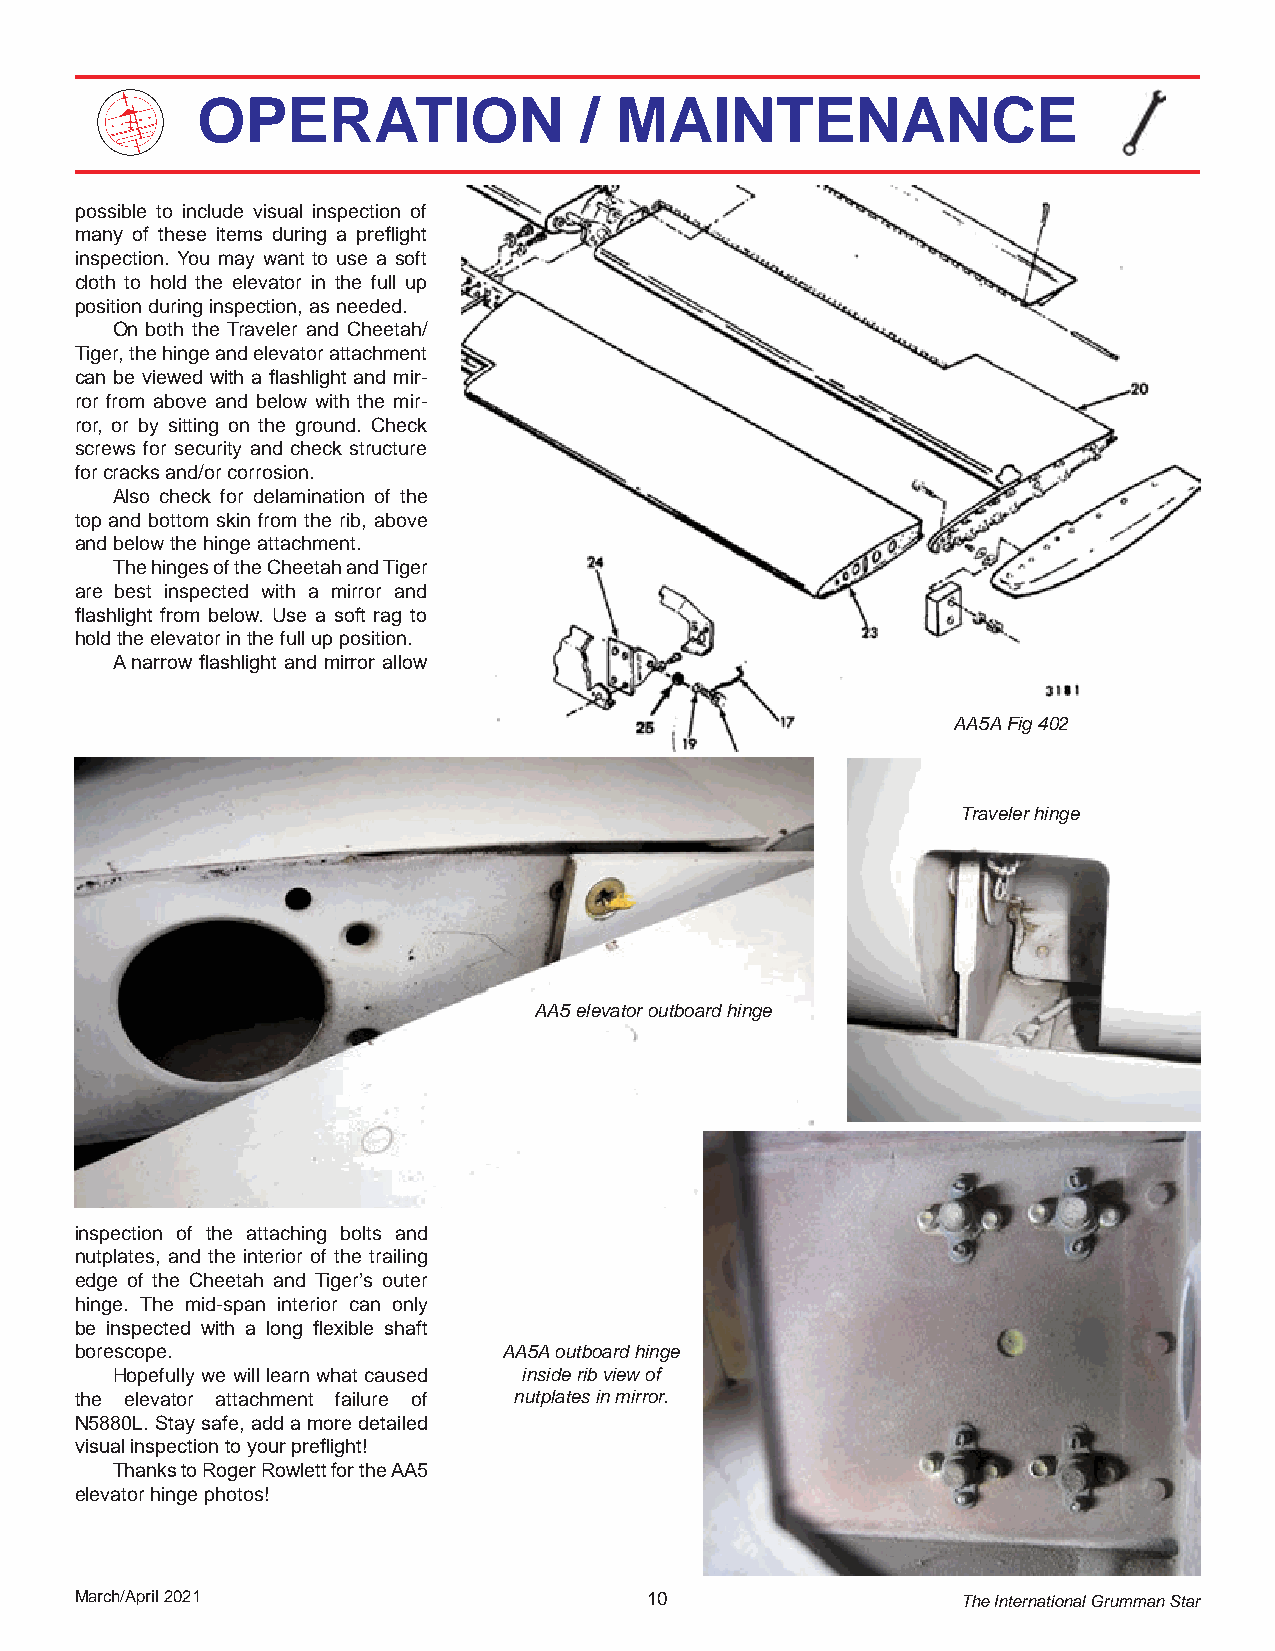
OPERATION                /  MAINTENANCE
 possible to include visual inspection of
 many of these items during a preflight
 inspection. You may want to use a soft
 cloth to hold the elevator in the full up
 position during inspection, as needed.
 On both the Traveler and Cheetah/
 Tiger, the hinge and elevator attachment
 can be viewed with a flashlight and mir-
 ror from above and below with the mir-
 ror, or by sitting on the ground. Check
 screws for security and check structure
 for cracks and/or corrosion.
 Also check for delamination of the
 top and bottom skin from the rib, above
 and below the hinge attachment.
 The hinges of the Cheetah and Tiger
 are best inspected with a mirror and
 flashlight from below. Use a soft rag to
 hold the elevator in the full up position.
 A narrow flashlight and mirror allow
 AA5A Fig 402
 Traveler hinge
 AA5 elevator outboard hinge
 inspection of the attaching bolts and
 nutplates, and the interior of the trailing
 edge of the Cheetah and Tiger’s outer
 hinge. The mid-span interior can only
 be inspected with a long flexible shaft
 borescope.                  AA5A outboard hinge
 Hopefully we will learn what caused inside rib view of
 the elevator attachment failure of nutplates in mirror.
 N5880L. Stay safe, add a more detailed
 visual inspection to your preflight!
 Thanks to Roger Rowlett for the AA5
 elevator hinge photos!
 March/April 2021                      10                   The International Grumman Star